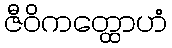
ဇီဝိကတ္ထောဟံ